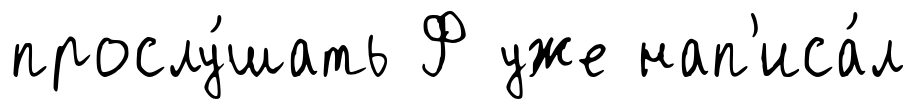
прослу́шать Ф уже нап'иса́л